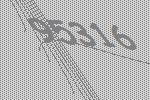
95316